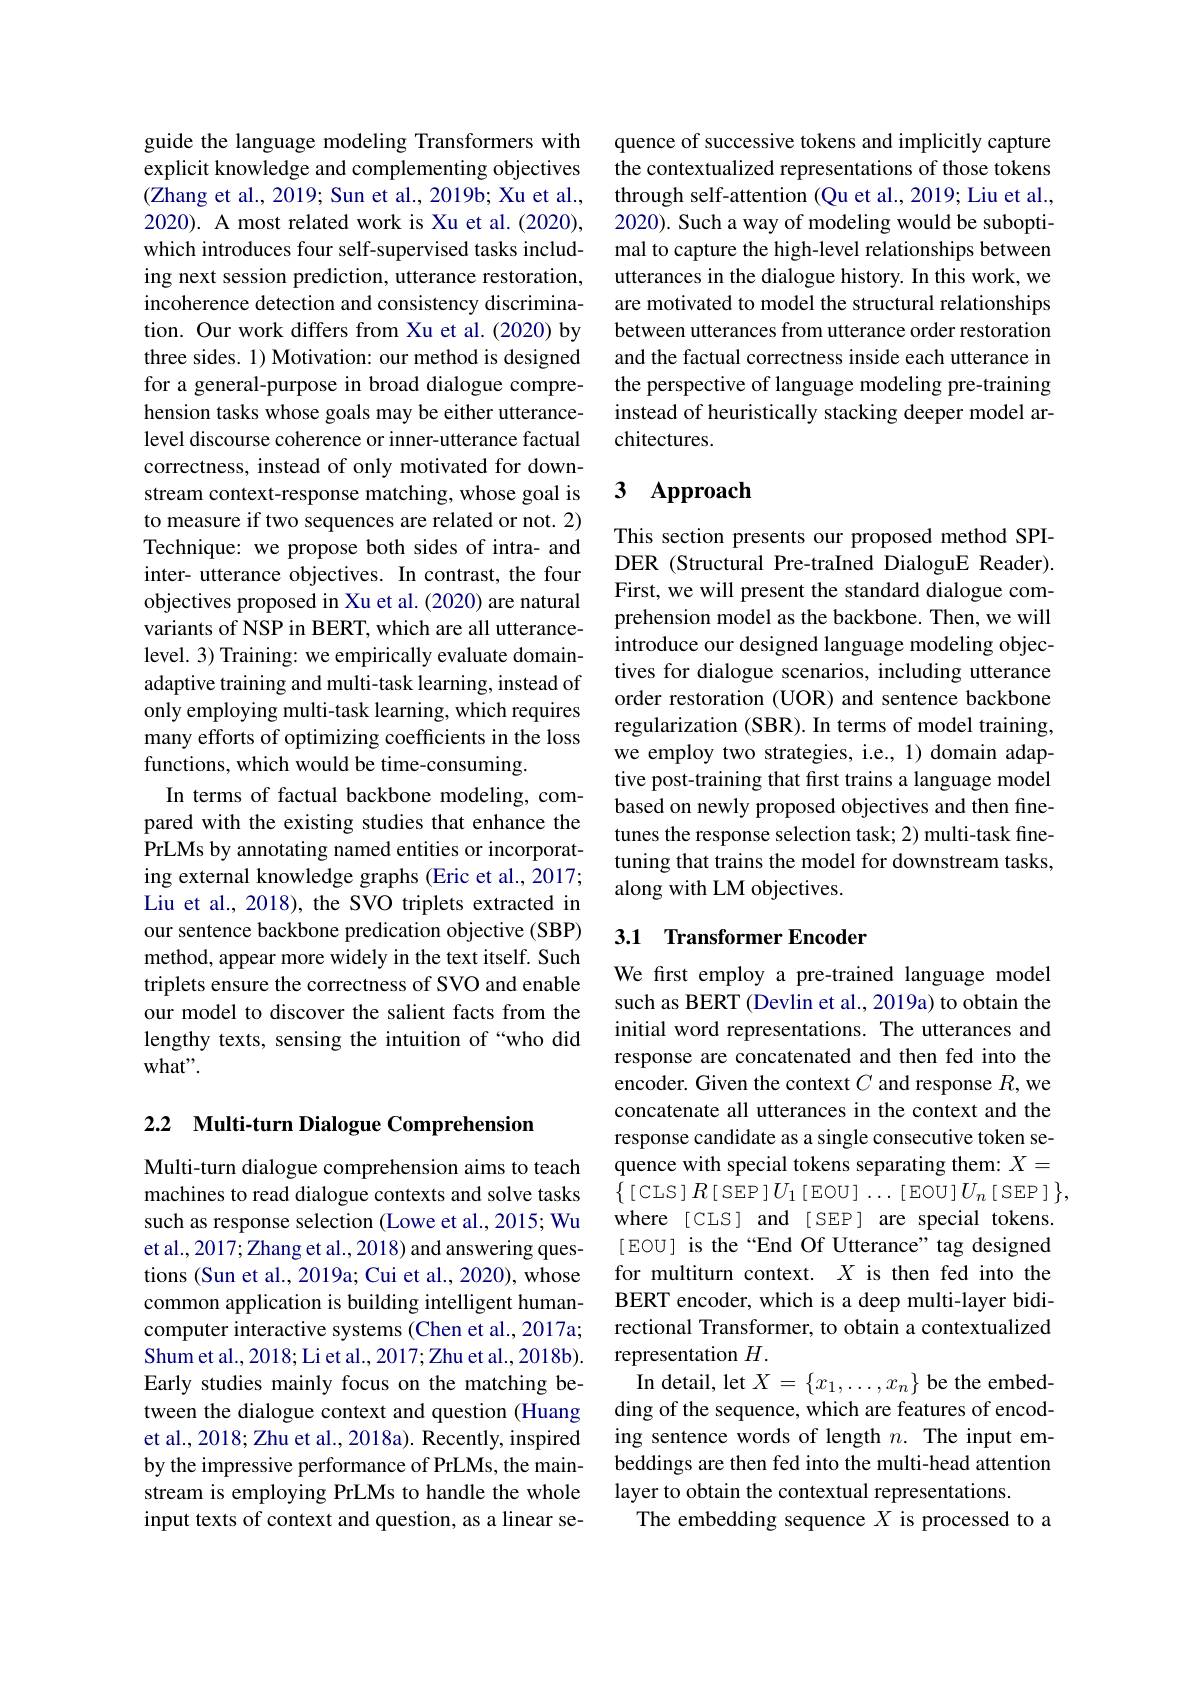
guide the language modeling Transformers with explicit knowledge and complementing objectives (Zhang et al., 2019; Sun et al., 2019b; Xu et al., 2020). A most related work is Xu et al.(2020), which introduces four self-supervised tasks including next session prediction, utterance restoration, incoherence detection and consistency discrimination. Our work differs from Xu et al.(2020) by three sides. 1) Motivation: our method is designed for a general-purpose in broad dialogue comprehension tasks whose goals may be either utterancelevel discourse coherence or inner-utterance factual correctness, instead of only motivated for downstream context-response matching, whose goal is to measure if two sequences are related or not. 2) Technique: we propose both sides of intra- and inter- utterance objectives. In contrast, the four objectives proposed in Xu et al.(2020) are natural variants of NSP in BERT, which are all utterancelevel. 3) Training: we empirically evaluate domainadaptive training and multi-task learning, instead of only employing multi-task learning, which requires many efforts of optimizing coefficients in the loss functions, which would be time-consuming.
In terms of factual backbone modeling, compared with the existing studies that enhance the PrLMs by annotating named entities or incorporating external knowledge graphs (Eric et al., 2017; Liu et al., 2018), the SVO triplets extracted in our sentence backbone predication objective (SBP) method, appear more widely in the text itself. Such triplets ensure the correctness of SVO and enable our model to discover the salient facts from the lengthy texts, sensing the intuition of “who did what".

2.2 Multi-turn Dialogue Comprehension

Multi-turn dialogue comprehension aims to teach machines to read dialogue contexts and solve tasks such as response selection (Lowe et al., 2015; Wu et al., 2017; Zhang et al., 2018) and answering questions (Sun et al., 2019a; Cui et al., 2020), whose common application is building intelligent humancomputer interactive systems (Chen et al.,2017a; Shum et al., 2018; Li et al., 2017; Zhu et al., 2018b). Early studies mainly focus on the matching between the dialogue context and question (Huang et al., 2018; Zhu et al., 2018a). Recently, inspired by the impressive performance of PrLMs, the mainstream is employing PrLMs to handle the whole input texts of context and question, as a linear se-

quence of successive tokens and implicitly capture the contextualized representations of those tokens through self-attention (Qu et al., 2019; Liu et al., 2020). Such a way of modeling would be suboptimal to capture the high-level relationships between utterances in the dialogue history. In this work, we are motivated to model the structural relationships between utterances from utterance order restoration and the factual correctness inside each utterance in the perspective of language modeling pre-training instead of heuristically stacking deeper model architectures.

# 3 Approach

This section presents our proposed method SPIDER (Structural Pre-traIned DialoguE Reader). First, we will present the standard dialogue comprehension model as the backbone. Then, we will introduce our designed language modeling objectives for dialogue scenarios, including utterance order restoration (UOR) and sentence backbone regularization (SBR). In terms of model training, we employ two strategies, i.e., 1) domain adaptive post-training that first trains a language model based on newly proposed objectives and then finetunes the response selection task; 2) multi-task finetuning that trains the model for downstream tasks along with LM objectives.

## 3.1 Transformer Encoder

We first employ a pre-trained language model such as BERT (Devlin et al., 2019a) to obtain the initial word representations. The utterances and response are concatenated and then fed into the encoder. Given the context $C$ and response $R$,we concatenate all utterances in the context and the response candidate as a single consecutive token sequence with special tokens separating them: $X=$ $\left\{[\operatorname{CLS}]R\left[\operatorname{SEP}\right]U_{1}\left[\operatorname{EOU}\right]\ldots\left[\operatorname{EOU}\right]U_{n}\left[\operatorname{SEP}\right]\right\}$, where [CLS] and [SEP] are special tokens. [ EOU] is the “End Of Utterance” tag designed for multiturn context. $X$ is then fed into the BERT encoder, which is a deep multi-layer bidirectional Transformer, to obtain a contextualized representation $H.$
In detail, let $X=\{x_1,\ldots,x_n\}$ be the embedding of the sequence, which are features of encoding sentence words of length $n.$ The input embeddings are then fed into the multi-head attention layer to obtain the contextual representations.
The embedding sequence $X$ is processed to a